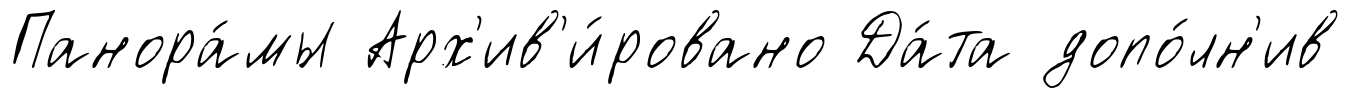
Панора́мы Арх'ив'и́ровано Да́та допо́лн'ив